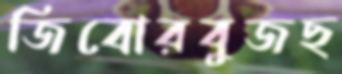
জিবোরবুজছ